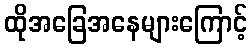
ထိုအခြေအနေများကြောင့်